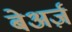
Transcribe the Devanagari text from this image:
बेअर्ज़